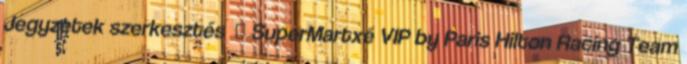
Jegyzetek szerkesztés ↑ SuperMartxé VIP by Paris Hilton Racing Team